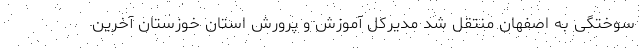
سوختگی به اصفهان منتقل شد مدیرکل آموزش و پرورش استان خوزستان آخرین